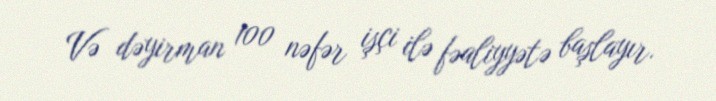
Və dəyirman 100 nəfər işçi ilə fəaliyyətə başlayır.